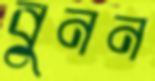
বুনন